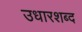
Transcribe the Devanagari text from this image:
उधारशब्द